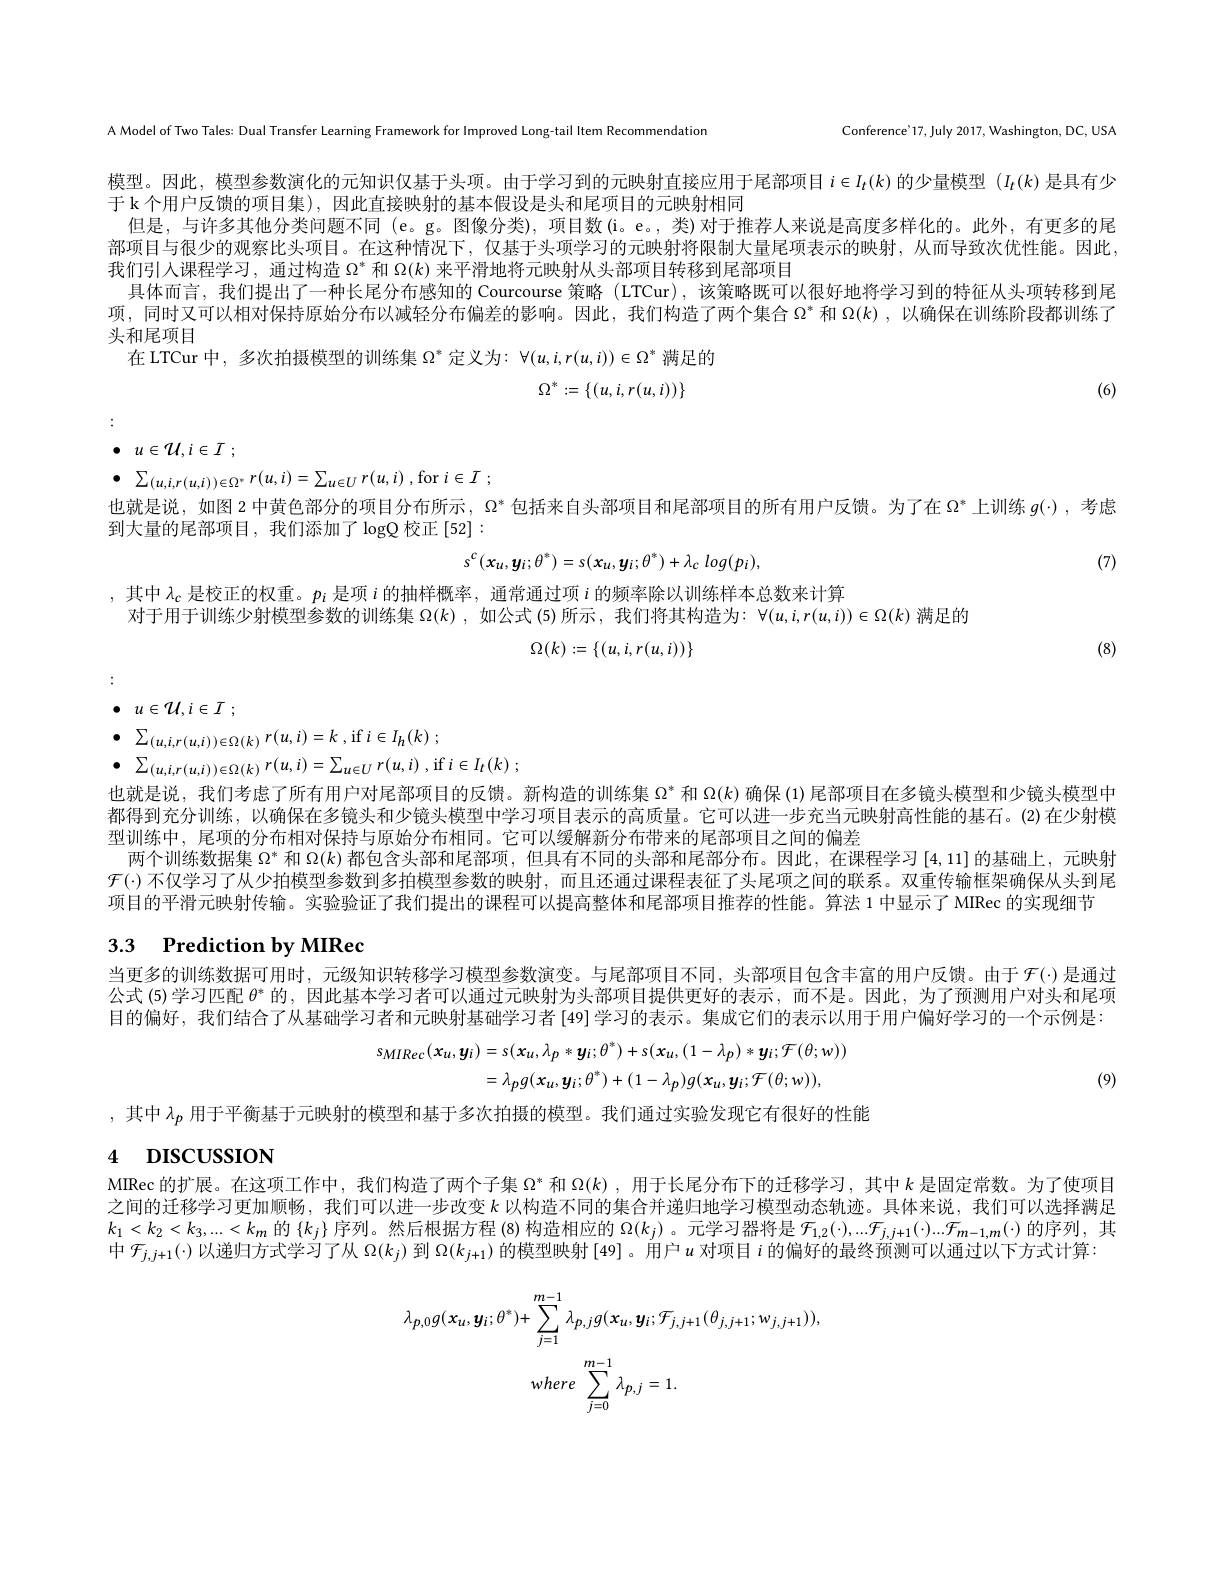
A Model of Two Tales: Dual Transfer Learning Framework for Improved Long-tail Item Recommendation

Conference'17, July 2017, Washington, DC, USA

模型。因此，模型参数演化的元知识仅基于头项。由于学习到的元映射直接应用于尾部项目$i\in I_t(k)$的少量模型$(I_t(k)$是具有少
于 k个用户反馈的项目集),因此直接映射的基本假设是头和尾项目的元映射相同
但是，与许多其他分类问题不同 (e。g。图像分类),项目数(i。e。, 类)对于推荐人来说是高度多样化的。此外，有更多的尾部项目与很少的观察比头项目。在这种情况下，仅基于头项学习的元映射将限制大量尾项表示的映射，从而导致次优性能。因此， 我们引人课程学习，通过构造$\Omega^*$和$\Omega(k)$来平滑地将元映射从头部项目转移到尾部项目
具体而言，我们提出了一种长尾分布感知的 Courcourse 策略 (LTCur),该策略既可以很好地将学习到的特征从头项转移到尾项，同时又可以相对保持原始分布以减轻分布偏差的影响。因此，我们构造了两个集合$\Omega^*$和 $\Omega(k)$ ,以确保在训练阶段都训练了头和尾项目
在 LTCur 中，多次拍摄模型的训练集$\Omega^*$定义为：$\forall(u,i,r(u,i))\in\Omega^*$满足的
$$\Omega^*:=\{(u,i,r(u,i))\}$$
(6)

$\bullet$ $u\in \mathcal{U} , i\in I$ ;

$\bullet$ $\sum _{( u, i, r( u, i) ) \in \Omega ^{* }}r( u, i) = \sum _{u\in U}r( u, i)$ ,for$i\in I$ ;
也就是说，如图 2 中黄色部分的项目分布所示，$\Omega^*$包括来自头部项目和尾部项目的所有用户反馈。为了在$\Omega^*$上训练$g(\cdot)$ ,考虑
到大量的尾部项目，我们添加了$\log$Q 校正[52]:
$$s^c(x_u,y_i;\theta^*)=s(x_u,y_i;\theta^*)+\lambda_c\:log(p_i),$$
(7)

,其中$\lambda_\mathrm{c}$是校正的权重。$p_i$是项$i$的抽样概率，通常通过项$i$的频率除以训练样本总数来计算
对于用于训练少射模型参数的训练集$\Omega(k)$ ,如公式 (5)所示，我们将其构造为：$\forall(u,i,r(u,i))\in\Omega(k)$满足的
$$\Omega(k):=\{(u,i,r(u,i))\}$$
(8)

$\bullet$ $u\in \mathcal{U} , i\in I$ ;

$\bullet$ $\sum _{( u, i, r( u, i) ) \in \Omega ( k) }r( u, i) = k$ ,if$i\in I_h( k)$ ;
$\bullet$ $\sum _{( u, i, r( u, i) ) \in \Omega ( k) }r( u, i) = \sum _{u\in U}r( u, i)$ ,if$i\in I_t( k)$ ;
也就是说，我们考虑了所有用户对尾部项目的反馈。新构造的训练集$\Omega^*$和$\Omega(k)$确保 (1)尾部项目在多镜头模型和少镜头模型中都得到充分训练，以确保在多镜头和少镜头模型中学习项目表示的高质量。它可以进一步充当元映射高性能的基石。(2)在少射模型训练中，尾项的分布相对保持与原始分布相同。它可以缓解新分布带来的尾部项目之间的偏差
两个训练数据集$\Omega^*$和$\Omega(k)$都包含头部和尾部项，但具有不同的头部和尾部分布。因此，在课程学习[4,11]的基础上，元映射$\mathcal{F}(\cdot)$不仅学习了从少拍模型参数到多拍模型参数的映射，而且还通过课程表征了头尾项之间的联系。双重传输框架确保从头到尾项目的平滑元映射传输。实验验证了我们提出的课程可以提高整体和尾部项目推荐的性能。算法 1 中显示了 MIRec 的实现细节

# 3.3 Prediction by MIRec

当更多的训练数据可用时，元级知识转移学习模型参数演变。与尾部项目不同，头部项目包含丰富的用户反馈。由于$\mathcal{F}(\cdot)$是通过公式 (5)学习匹配$\theta^*$的，因此基本学习者可以通过元映射为头部项目提供更好的表示，而不是。因此，为了预测用户对头和尾项目的偏好，我们结合了从基础学习者和元映射基础学习者$\left[49\right]$学习的表示。集成它们的表示以用于用户偏好学习的一个示例是：
$$\begin{aligned}s_{MIRec}(x_{u},y_{i})&=s(x_{u},\lambda_{p}*y_{i};\theta^{*})+s(x_{u},(1-\lambda_{p})*y_{i};\mathcal{F}(\theta;w))\\&=\lambda_{p}g(x_{u},y_{i};\theta^{*})+(1-\lambda_{p})g(x_{u},y_{i};\mathcal{F}(\theta;w)),\end{aligned}$$
(9)

,其中$\lambda_p$用于平衡基于元映射的模型和基于多次拍摄的模型。我们通过实验发现它有很好的性能

# 4 DISCUSSION

MIRec 的扩展。在这项工作中，我们构造了两个子集$\Omega^*$和$\Omega(k)$,用于长尾分布下的迁移学习，其中$k$是固定常数。为了使项目之间的迁移学习更加顺畅，我们可以进一步改变$k$以构造不同的集合并递归地学习模型动态轨迹。具体来说，我们可以选择满足$k_{1}< k_{2}< k_{3}, . . . < k_{m}$ 的 $\{ k_{j}\}$ 序 列 。然 后 根 据 方 程 (8) 构 造 相 应 的 $\Omega ( k_{j})$。元 学 习 器 将 是 $\mathcal{F} _{1, 2}( \cdot ) , . . . \mathcal{F} _{j, j+ 1}( \cdot ) . . . \mathcal{F} _{m- 1, m}( \cdot )$ 的 序 列 , 其 $k_{1}< k_{2}< k_{3}, . . . < k_{m}$ 的 $\{ k_{j}\}$ 序 列 。然 后 根 据 方 程 (8) 构 造 相 应 的 $\Omega ( k_{j})$。元 学 习 器 将 是 $\mathcal{F} _{1, 2}( \cdot ) , . . . \mathcal{F} _{j, j+ 1}( \cdot ) .$ 中$\mathcal{F}_{j,j+1}(\cdot)$以递归方式学习了从$\Omega(k_j)$到$\Omega(k_j+1)$的模型映射[49]。用户$u$对项目$i$的偏好的最终预测可以通过以下方式计算：
$$\lambda_{p,0}g(x_{u},y_{i};\theta^{*})+\sum_{j=1}^{m-1}\lambda_{p,j}g(x_{u},y_{i};\mathcal{F}_{j,j+1}(\theta_{j,j+1};w_{j,j+1})),\\where\:\sum_{j=0}^{m-1}\lambda_{p,j}=1.$$